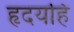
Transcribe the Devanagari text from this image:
हृदयहि